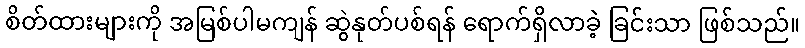
စိတ်ထားများကို အမြစ်ပါမကျန် ဆွဲနုတ်ပစ်ရန် ရောက်ရှိလာခဲ့ ခြင်းသာ ဖြစ်သည်။